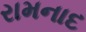
રામનાદ